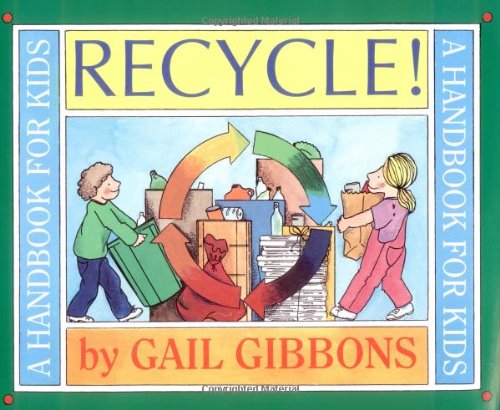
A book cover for Recycle!: A Handbook for Kids; Gail Gibbons; Children's Books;